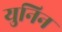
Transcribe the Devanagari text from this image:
युनिन